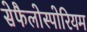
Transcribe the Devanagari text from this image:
सेफैलोस्पोरियम